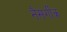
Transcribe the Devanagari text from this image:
नैसर्गीक